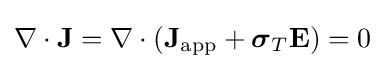
\nabla \cdot \mathbf {J} =\nabla \cdot (\mathbf {J} _{\text{app}}+{\boldsymbol {\sigma }}_{T}\mathbf {E} )=0